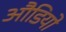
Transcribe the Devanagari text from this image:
औडियो